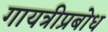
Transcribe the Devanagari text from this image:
गायत्रीप्रबोध